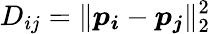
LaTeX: D_{ij}=\| \boldsymbol{p_{i}}-\boldsymbol{p_{j}}\| _{2}^{2}